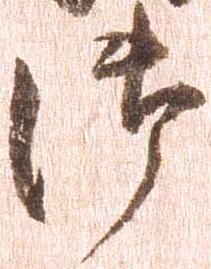
御